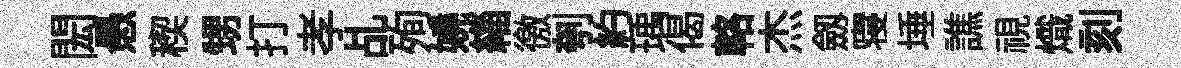
閎愚稧甥打孝乩殉嬈緇徼刳約瑀偈輅杰劔寝埵譙視熾刻